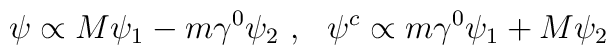
\psi\propto M\psi_1-m\gamma^0\psi_2~,~~\psi^c\propto m\gamma^0\psi_1+M\psi_2